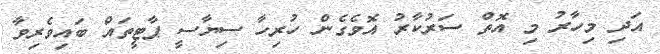
އަދި މިހާރު މި އޮތް ސަރުކާރު އޮވެގެން ހުރިހާ ސިޔާސީ ޕާޓީތައް ބައިވެރިވާ